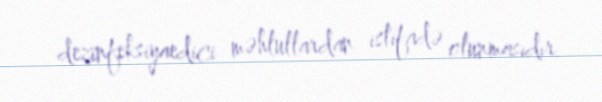
dezinfeksiyaedici məhlullardan istifadə olunmasıdır.